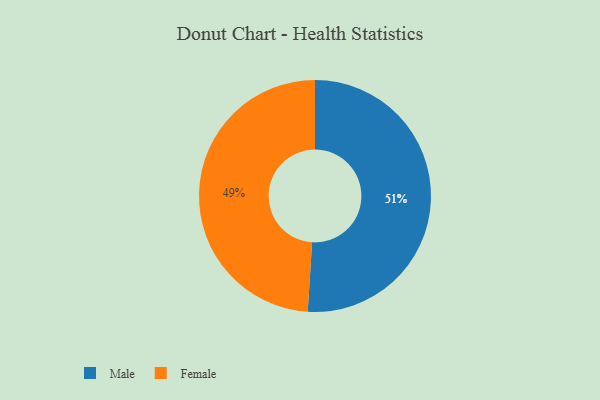
{"axis": {"x": "Category", "y": "Percentage"}, "legend": ["Female", "Male"], "data": [{"x": "Female", "y": 49, "type": "Female"}, {"x": "Male", "y": 51, "type": "Male"}]}